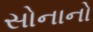
સોનાનો